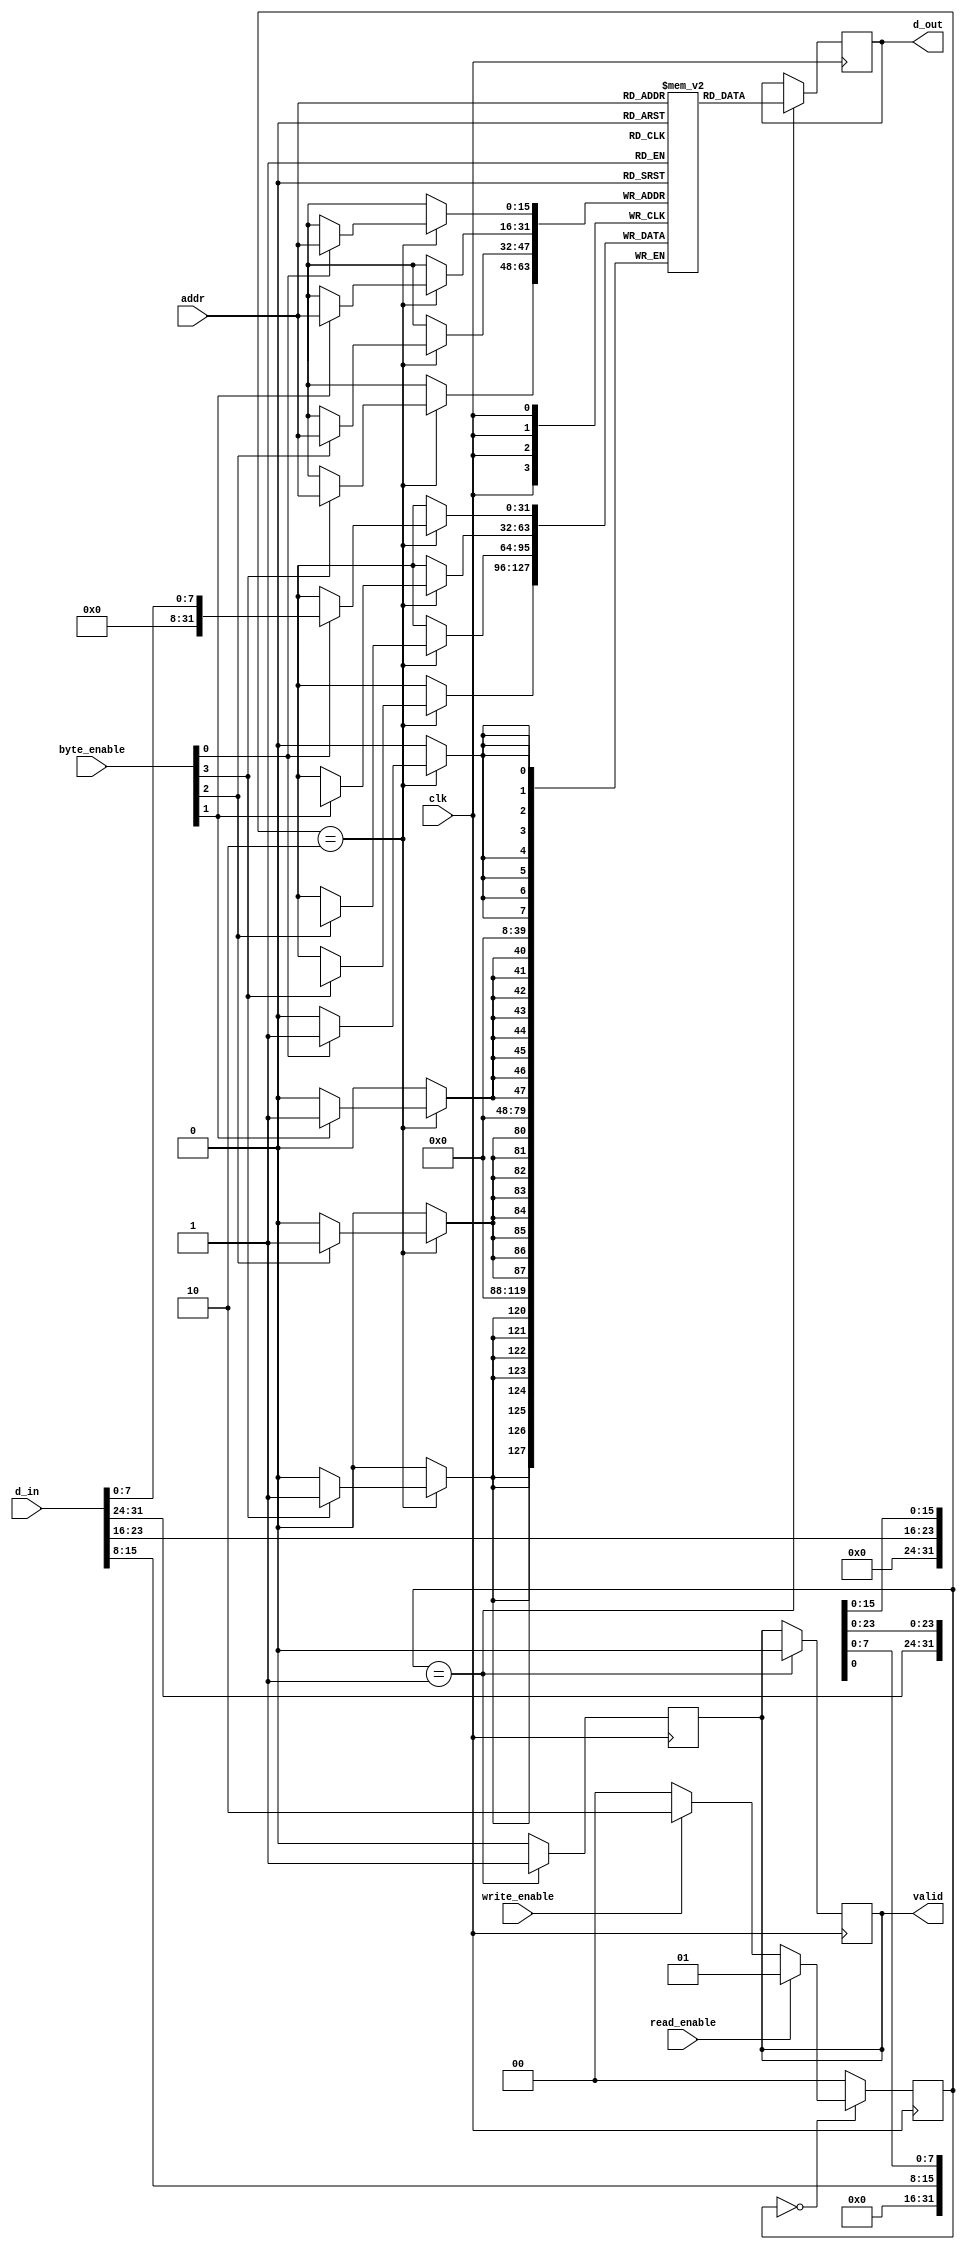
module sdram_io_block (
    input wire clk,               // Clock signal
    input wire read_enable,       // Read enable signal
    input wire write_enable,      // Write enable signal
    input wire [15:0] addr,       // Address lines (assuming 16-bit address)
    input wire [31:0] d_in,       // Data input lines (assuming 32-bit data)
    input wire [3:0] byte_enable, // Byte enable signals (for 4 bytes)
    output reg [31:0] d_out,      // Data output lines
    output reg valid              // Valid output signal
);

    // Internal signals
    reg [31:0] sdram_memory [0:65535]; // Simulated SDRAM memory (64K x 32-bit)
    reg [31:0] data_buffer;             // Buffer for data during read/write
    reg [3:0] byte_mask;                // Mask for byte enables

    // State machine for read/write operations
    localparam IDLE = 2'b00,
               READ = 2'b01,
               WRITE = 2'b10;

    reg [1:0] state, next_state;

    // State transition logic
    always @(posedge clk) begin
        state <= next_state;
    end

    // Next state logic
    always @(*) begin
        case (state)
            IDLE: begin
                if (read_enable) begin
                    next_state = READ;
                end else if (write_enable) begin
                    next_state = WRITE;
                end else begin
                    next_state = IDLE;
                end
            end
            READ: begin
                next_state = IDLE; // Go back to IDLE after read
            end
            WRITE: begin
                next_state = IDLE; // Go back to IDLE after write
            end
            default: next_state = IDLE;
        endcase
    end

    // Data handling logic
    always @(posedge clk) begin
        case (state)
            READ: begin
                // Simulate read operation
                d_out <= sdram_memory[addr]; // Read data from SDRAM
                valid <= 1'b1;                // Indicate valid data
            end
            WRITE: begin
                // Simulate write operation with byte enable
                byte_mask = {byte_enable[3], byte_enable[2], byte_enable[1], byte_enable[0]};
                if (byte_mask[0]) sdram_memory[addr][7:0] <= d_in[7:0];
                if (byte_mask[1]) sdram_memory[addr][15:8] <= d_in[15:8];
                if (byte_mask[2]) sdram_memory[addr][23:16] <= d_in[23:16];
                if (byte_mask[3]) sdram_memory[addr][31:24] <= d_in[31:24];
                valid <= 1'b0; // No valid output during write
            end
            default: begin
                valid <= 1'b0; // Default state
            end
        endcase
    end

    // Clear valid signal after reading
    always @(negedge clk) begin
        if (state == READ) begin
            valid <= 1'b0; // Clear valid signal after read
        end
    end

endmodule